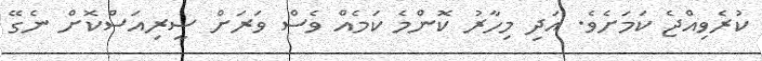
ކުރެވިއްޖެ ކަމަށެވެ. އަދި މިހާރު ކޮންމެ ކަމެއް ވެސް ވަރަށް ސީރިއަސްކޮށް ނެގޭ